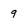
Character: q